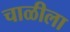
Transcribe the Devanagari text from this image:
चाळीला